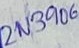
Text: 2N3906